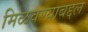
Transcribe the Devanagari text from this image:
मिळवण्याबद्दल